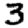
Digit: 3